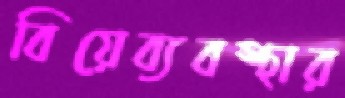
বিয়েব্যবস্থার